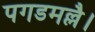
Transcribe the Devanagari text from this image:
पगडमल्लै।